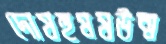
দোষহুমমউন্ম